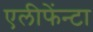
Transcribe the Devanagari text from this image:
एलीफेंन्टा